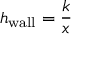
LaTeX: h _ { \mathrm { { w a l l } } } = { \frac { k } { x } }